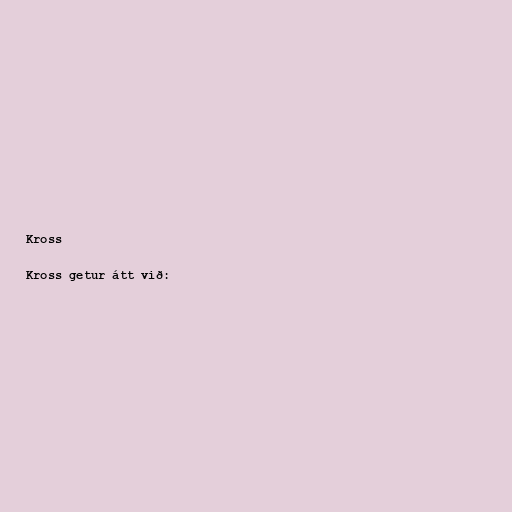
Kross

Kross getur átt við: